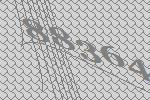
88364